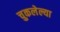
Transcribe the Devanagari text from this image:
चुकलेल्या